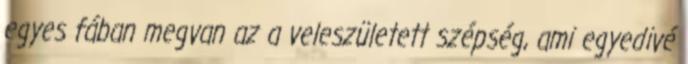
egyes fában megvan az a veleszületett szépség, ami egyedivé